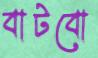
বাটবো